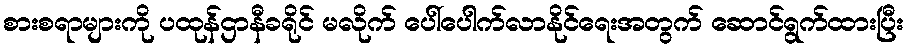
စားစရာများကို ပထုန်ဌာနီခရိုင် မလိုက် ပေါ်ပေါက်လာနိုင်ရေးအတွက် ဆောင်ရွက်ထားပြီး